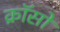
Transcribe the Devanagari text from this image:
क्रॉसो